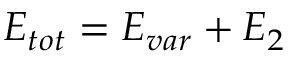
E _ { t o t } = E _ { v a r } + E _ { 2 }